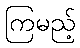
ကြမည့်